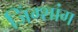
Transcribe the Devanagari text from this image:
जिंग्शांग